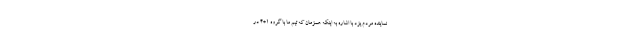
نماینده مردم یزد با اشاره به اینکه همزمان که تیم ما با گروه ۱+۴ در